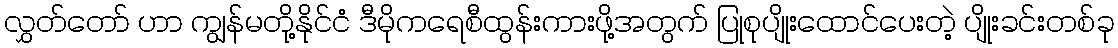
လွှတ်တော် ဟာ ကျွန်မတို့နိုင်ငံ ဒီမိုကရေစီထွန်းကားဖို့အတွက် ပြုစုပျိုးထောင်ပေးတဲ့ ပျိုးခင်းတစ်ခု